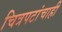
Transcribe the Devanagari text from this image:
चित्रपटांचाही